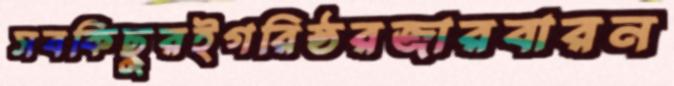
সবকিছুরইগরিষ্ঠরজারবারন